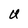
Character: U